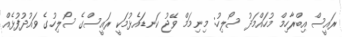
ރައީސް އިބްރާހިމް މުހައްމަދު ސޯލިހު: މިނިމަމް ވޭޖު ކަނޑައެޅުމަކީ ރައީސްގެ ސޯލިހުގެ ވައުދުފުޅެއް